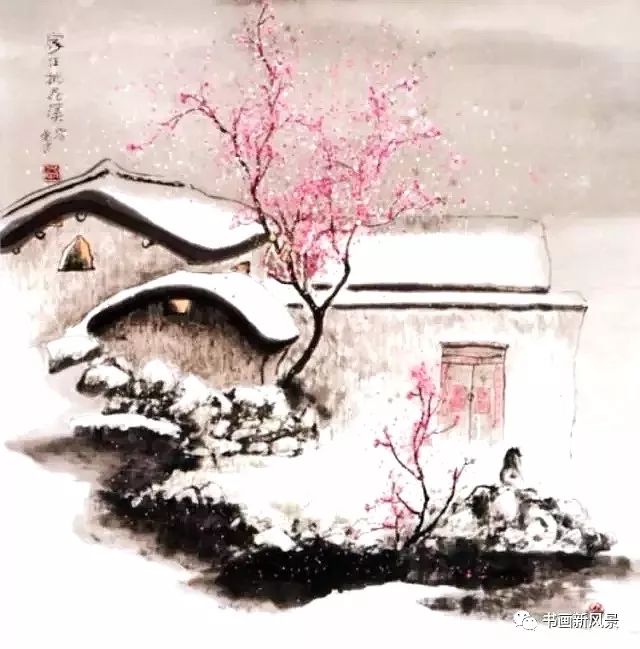
飞雪过江来，船在赤栏桥侧。